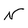
Character: N